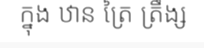
ក្នុង ឋាន ត្រៃ ត្រឹង្ស